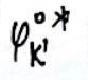
$\varphi_{\mathbf{k}'}^{\circ *}$